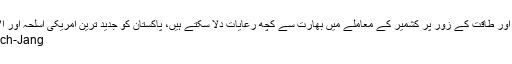
ٹرمپ اپنی دوستی اور طاقت کے زور پر کشمیر کے معاملے میں بھارت سے کچھ رعایات دلا سکتے ہیں، پاکستان کو جدید ترین امریکی اسلحہ اور آلات مل سکتے ہیں
Sohail-Waraich-Jang